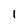
Character: 1